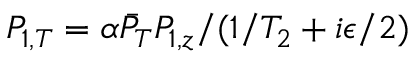
P _ { 1 , T } = \alpha \bar { P } _ { T } P _ { 1 , z } / ( 1 / T _ { 2 } + i \epsilon / 2 )